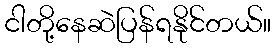
ငါတို့နေဆဲပြန်ရနိုင်တယ်။